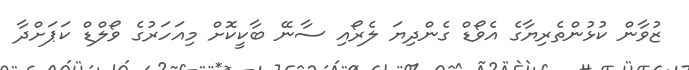
ޒުވާން ކުޅުންތެރިޔާގެ އެވޯޑް ގެންދިޔަ ލެރޯއި ސާނޭ ބާކީކޮށް މިއަހަރުގެ ވޯލްޑް ކަޕަށްދާ